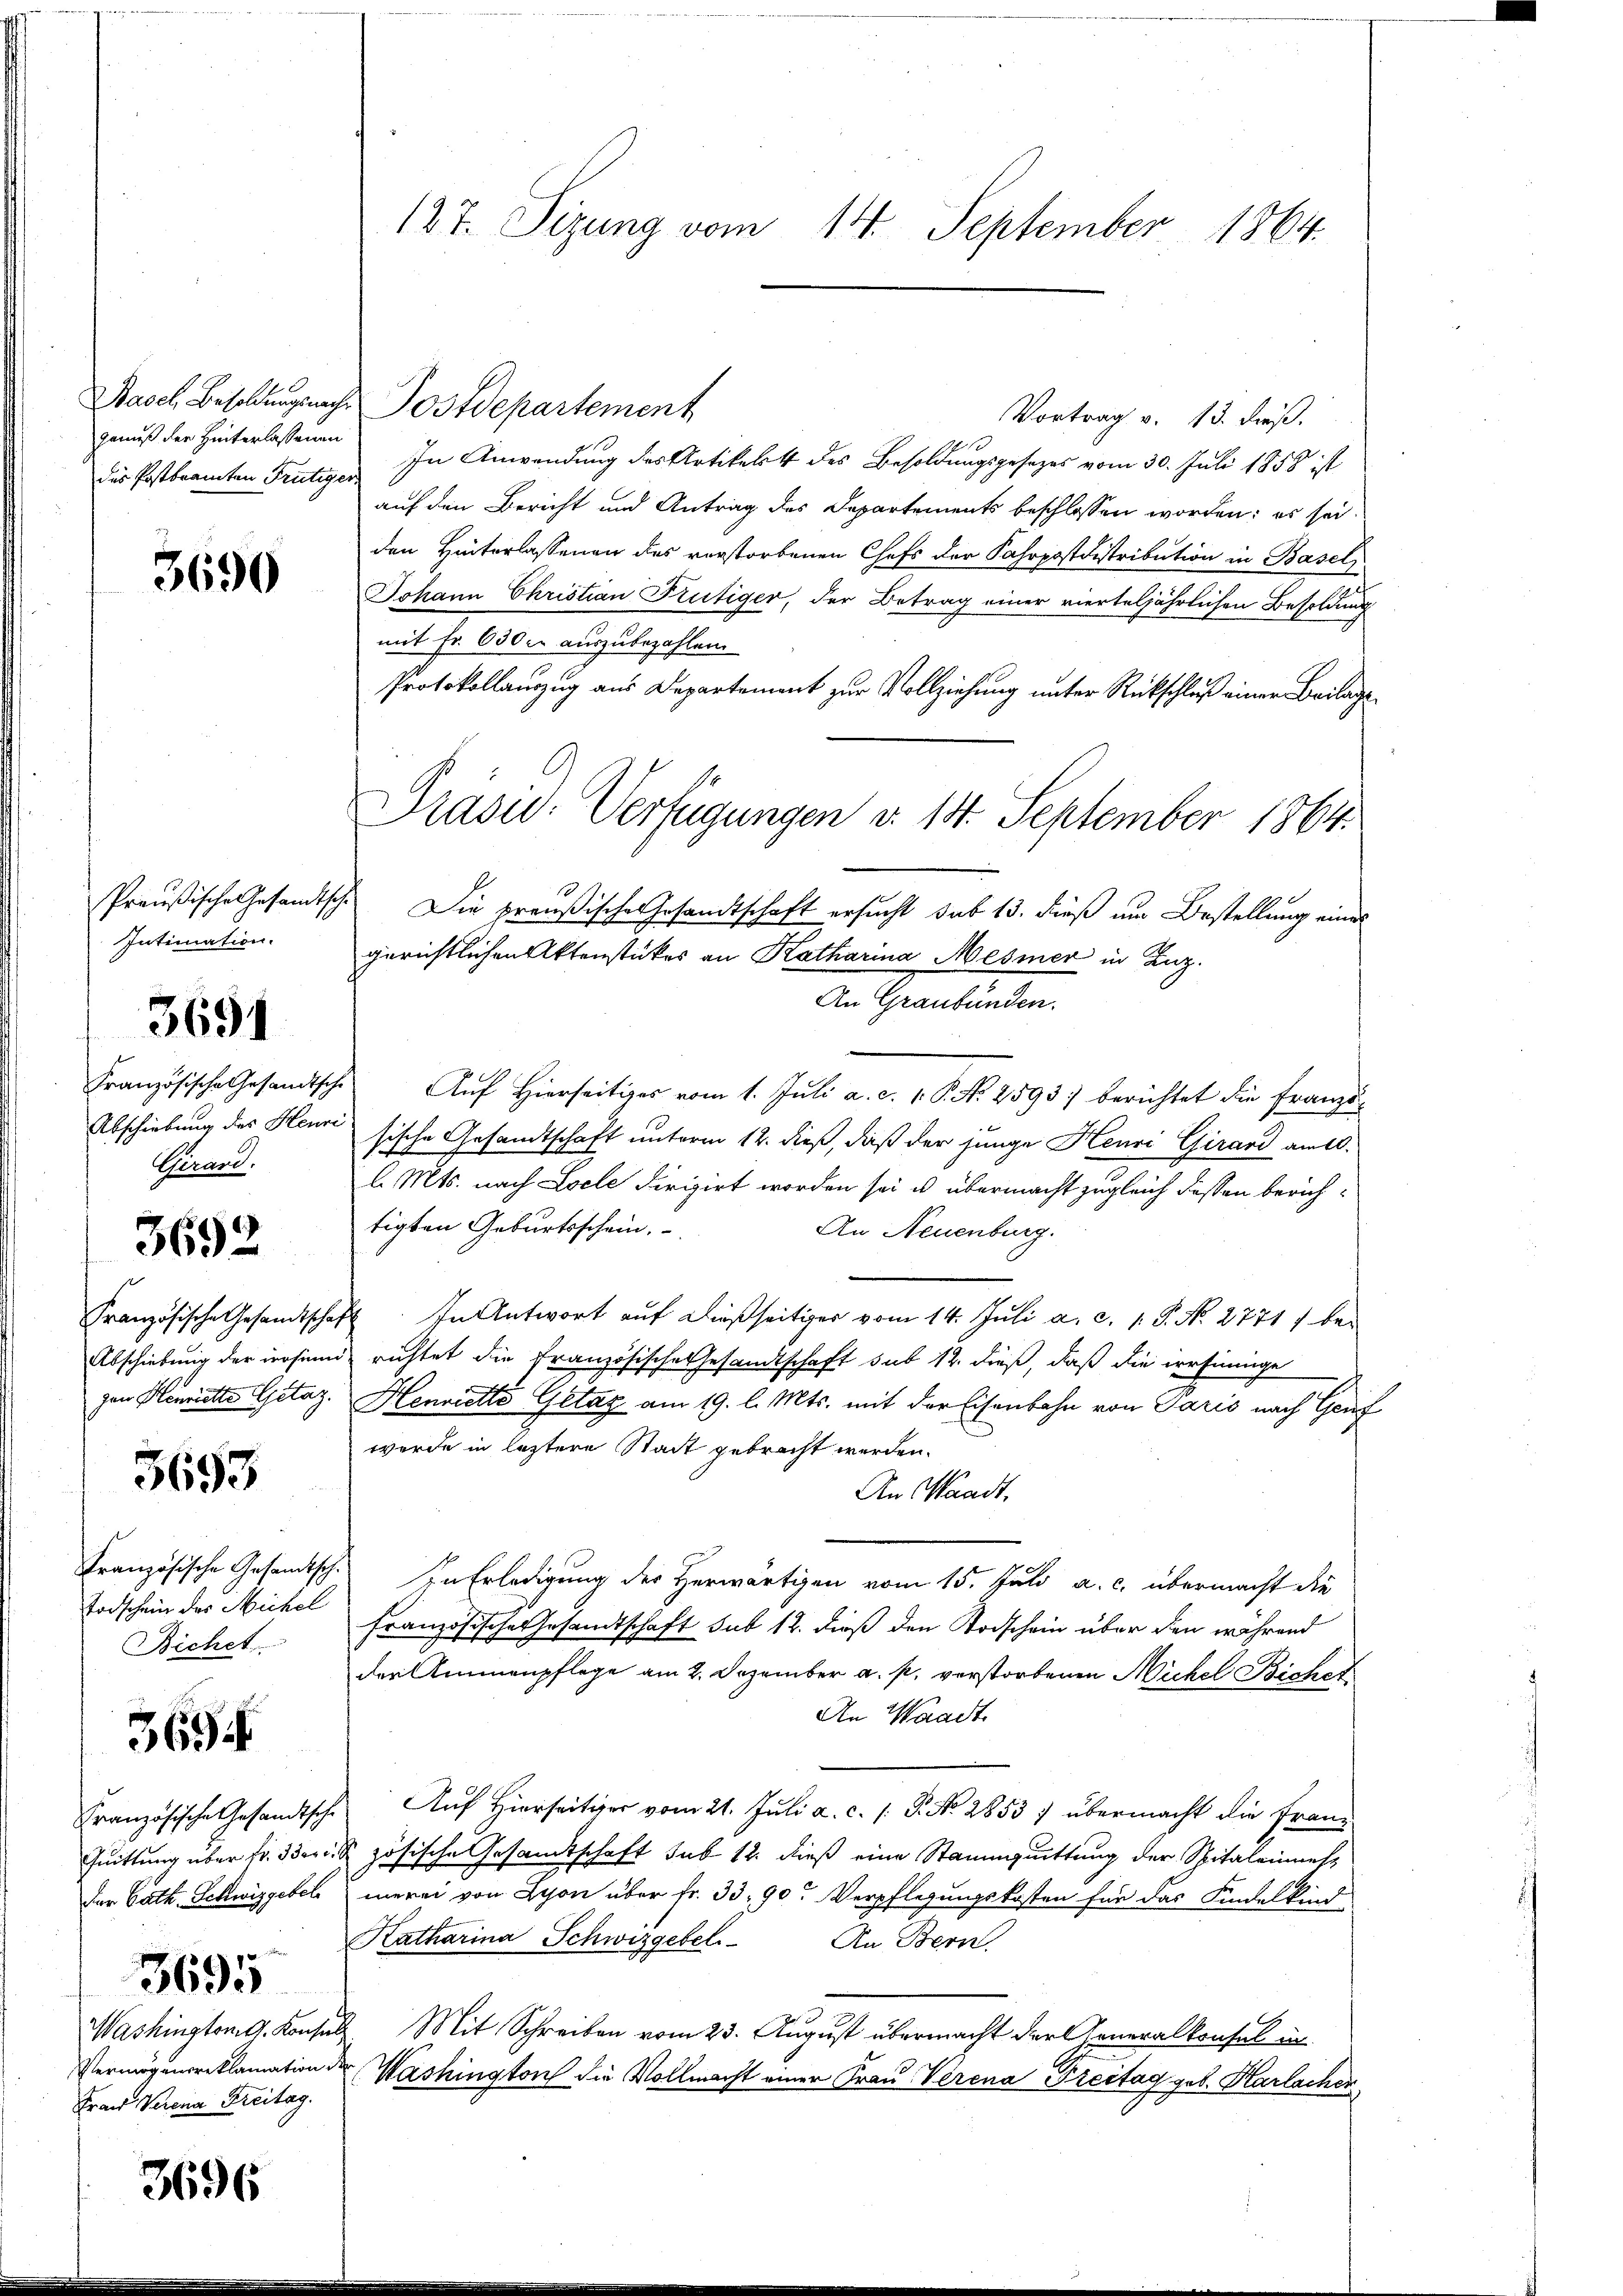
gemäß der Hinterlassenen
des Postbeamten Frütiger

3690

Intimation.

Französische Gesandtsch
Abschiebung des Heure
Girard,

3691

3692

Französische Gesandtscha
Abschiebung der wesen
zan Henriette Getaz.

3693

Französische Gesandtsch.
Todschein des Michel
Bichet

369.

Französische Gesandtsche
Quittung über fr. 3 der
der Cath. Fellwiggebel
3695
Washington G. Konsin
Vermögensreklamation
Frau Verena Freitag.

3696

127. Sizung vom 14. September 1864.

Basel Besoldungsnach Postdepartement
Vortrag v. 13. dieß.
In Anwendung des Artikelst des Besoldungsgesezes vom 30. Juli 1858 ist
auf den Bericht und Antrag des Departements beschlossen worden; es seiden Hinterlassenen des verstorbenen Chefs der Fahrpostdistribution in Basels
Johann Christian Frutiger, der Betrag einer vierteljährlichen Besoldung
mit Fr. 630 auszubezahlen.
Protokollauzug aus Departement zur Vollziehung unter Rückschluß einer Beilage¬
Präsid. Verfügungen d. 14. September 1864.
10
Preußische Gesandtsch. Die preußische Gesandtschaft ersucht sub 13. dieß um Bestellung eines
gerichtlichen Aktenstückes an Katharina Mesner in Luz
An Graubünden.
" Auf Hierseitiges vom 1. Juli a. c. 1. P. N. 2593. berichtet die Französische Gesandtschaft unterm 12. dieß, daß der junge Henri Girard am 10.
l. Mts. nach Locle dirigirt worden sei u. übermacht zugleich dessen berichtigten Geburtsschein.
An Neuenburg.
1. In Antwort auf dießseitiges vom 14. Juli a. c. 1. P. Nr. 2771) bed richtet die Französische Gesandtschaft sub 12. dieß, daß die versinnige
Henriette Getaz am 19. l. Mts. mit der Eisenbahn von Paris nach Genf
wurde in letztere Stadt gebracht werden.
An Waadt,
In Erledigung des Herwärtigen vom 15. Juli a. c. übermacht die
Französische Gesandtschaft sub 12. dieß den Todschein über den während
der Ammenpflege am 2. Dezember a. p. verstorbenen Michel Bichet
An Waadt
Auf Hierseitiger vom 21. Juli a. c. 1 P. No 2853) übermacht die Franz
 zösische Gesandtschaft sub 12. dieß eine Stammguittung der Spitaleinmehmerei von Lyon über fr. 33. 90. Verpflegungskosten für das Kindelkind
Katharina Schwizgebel. An Bern
2. Mit Schreiben vom 23. August übermacht der Generalkonsul in
der Washington die Vollmacht einer Frau Verena Freitag geb. Harlacher